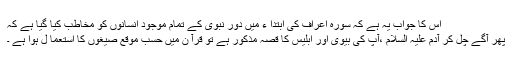
اس کا جواب یہ ہے کہ سورہ اعراف کی ابتدا ء میں دور نبوی کے تمام موجود انسانوں کو مخاطب کیا گیا ہے کہ
پھر آگے چل کر آدم علیہ السلام ،آپ کی بیوی اور ابلیس کا قصہ مذکور ہے تو قرآ ن میں حسب موقع صیغوں کا استعما ل ہوا ہے ۔